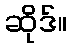
ဆိုဒ်။